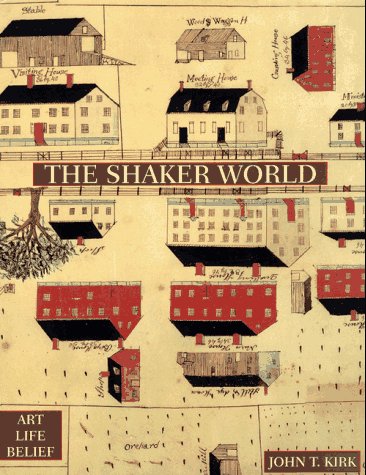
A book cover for The Shaker World; John T. Kirk; Christian Books & Bibles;